Leaving Certificate Examination (including Day School Certificate (Higher) General paper), 1938
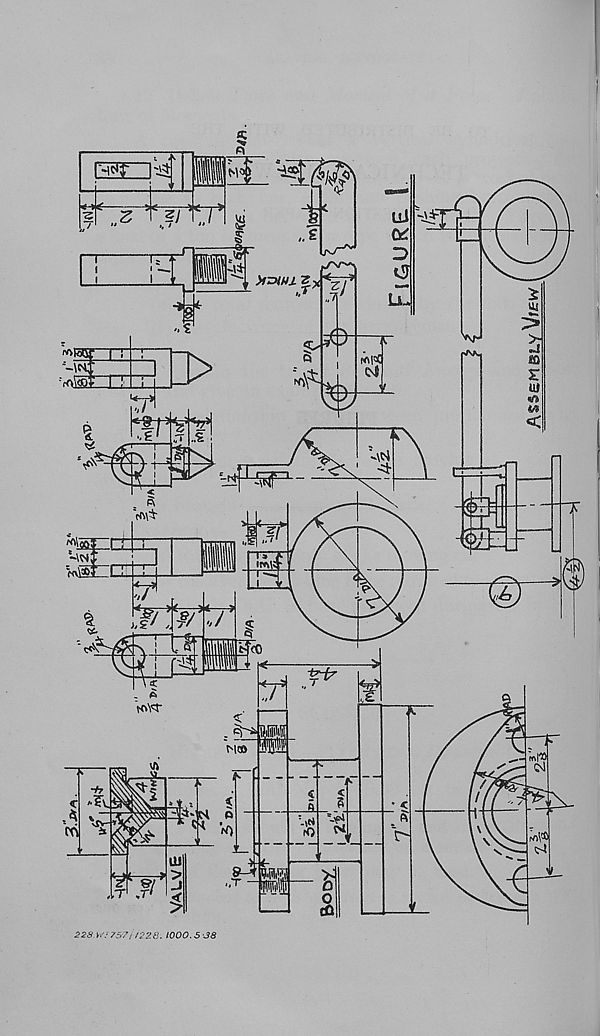
228. W) 7571/228. 1000.5 38